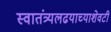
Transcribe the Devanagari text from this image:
स्वातंत्र्यलढयाच्याशेवटी